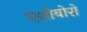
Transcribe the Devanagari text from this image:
एशीबोरो